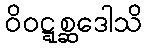
ဝိဝဋ္ဋစ္ဆဒေါသိ